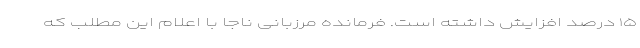
۱۵ درصد افزایش داشته است. فرمانده مرزبانی ناجا با اعلام این مطلب که